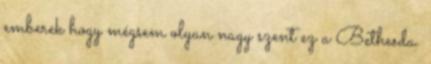
emberek hogy mégsem olyan nagy szent ez a Bethesda.